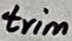
Text: trim